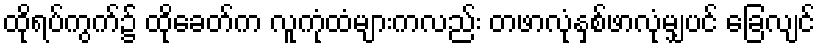
ထိုရပ်ကွက်၌ ထိုခေတ်က လူကုံထံများကလည်း တဖာလုံနှစ်ဖာလုံမျှပင် ခြေလျင်